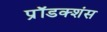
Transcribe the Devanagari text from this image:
प्रॉडक्शंस